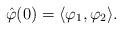
LaTeX: \begin{align*} \hat{\varphi}(0) = \langle \varphi_1, \varphi_2 \rangle.\end{align*}